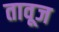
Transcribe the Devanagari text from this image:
तावूज